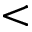
<